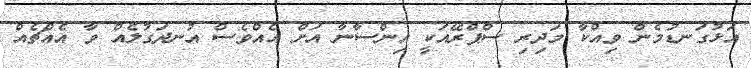
އަޅުގަނޑުމެން ވިއްކާ މަދިރި ސްޕްރޭއަކީ އިންސާނާ އަށް އެއްވެސް އުނދަގުލެއް ވާ އެއްޗެއް